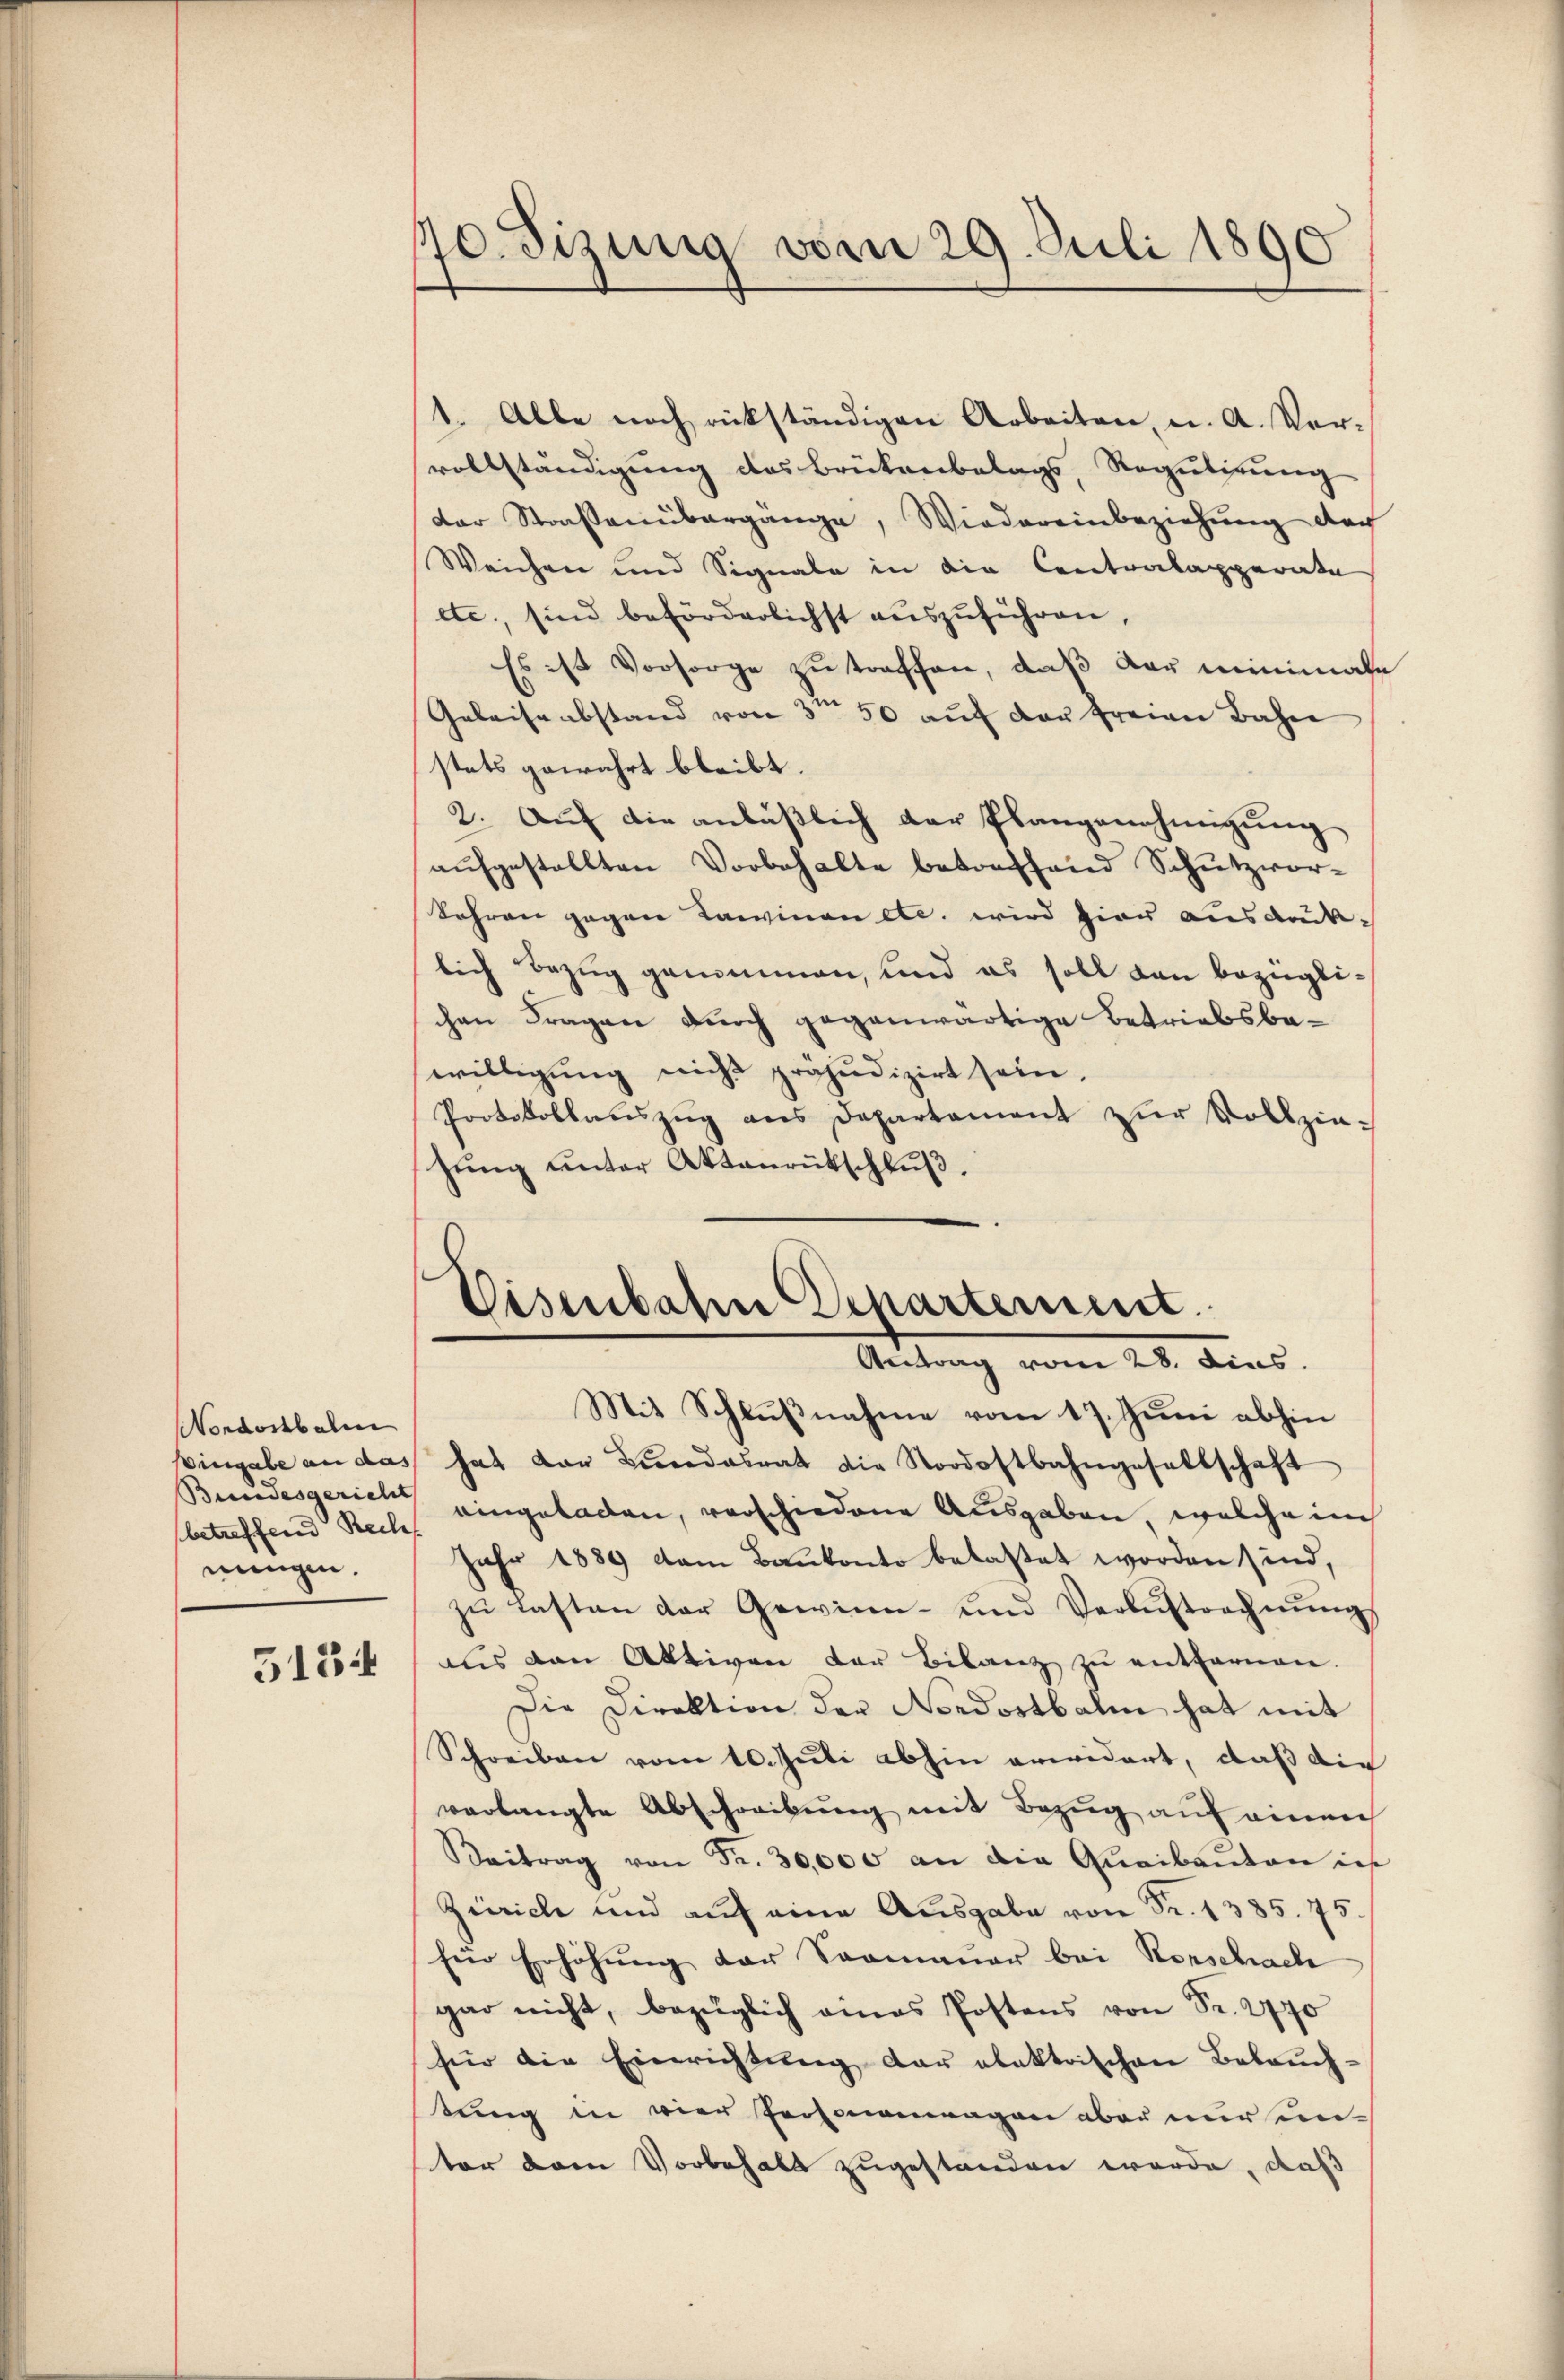
Nordostbahn
Vingabe an das
Bundesgericht |
nungen.

770. Sizung vom 29. Juli 1890

1. Alle noch rückständigen Arbeiten, u. A. Ver-
vollständigung des Brükenbelags, Regulirung
der Straßenübergänge, Wiedereinbeziehung der
Weichen und Signale in die Contralapparate
etc., sind beförderlichst auszuführen,
Es ist Vorsorge zu traffen, daß der minimale
Geleisenbstand von 3te 50 auf der freien Bahne
stets gewahrt bleibt.
2. Auf die anläßlich der Plangenehmigung
aufgestellten Vorbehalte betreffend Schutzvor-
Jahren gegen Karvinen etc. wird hier ausdrück-
lich Bezug genommen, und es soll dan bezüglichen Fragen durch gegenwärtige Betriebsbawilligung nicht präjudizirt sein,
Protokollaŭszŭg ans Departament zŭr Vollziesung unter Aktenrütschluß.

Visenbahn Departement.
Antrag vom 28. dies

Mit Schlußnahme vom 17. Juni abhin
hat der Bŭndesrat die Nordostbahngesellschaft
betreffend Recht eingeladen, verschiedene Ausgaben welche im
Jahr 1889 kam Bankonto belastet worden sind,
zŭ lasten der Gewinn- und Verlustrechnŭng
515 f als den Aktiven der Bilanz zŭ entfernen.
Die Direktion der Nordostbalm hat mit
Schreiben vom 10. Juli abhin erwidert, daß die
verlangte Abschreibung mit Bezug auf einen
Beitrag von Fr. 30,000 an die Quaibauten in
Zürich und auf eine Ausgabe von Fr. 1385. 75.
Eür Erhöhung der Saamauer bei Rorschach
gar nicht, bezüglich eines Postens von Fr. 2770
für die Einrichtung der elektrischen Beleuchtung in vier Personenwagen aber nur unter dem Vorbehalt zugestanden werde, daß